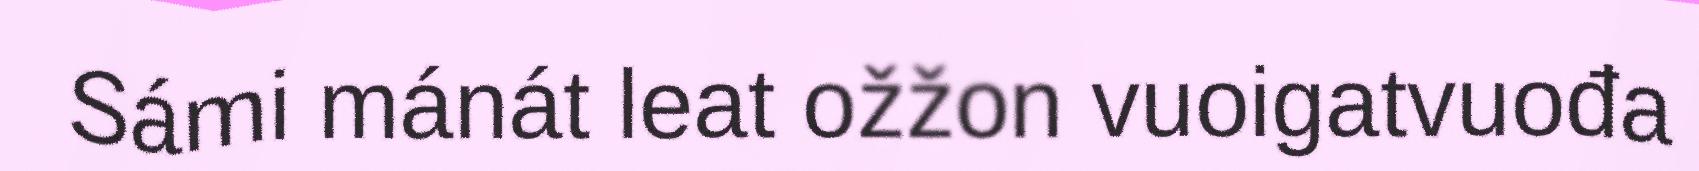
Sámi mánát leat ožžon vuoigatvuođa